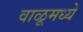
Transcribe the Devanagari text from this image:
वाळूमध्ये